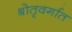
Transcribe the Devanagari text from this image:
श्रोतृवर्गात